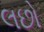
લછો